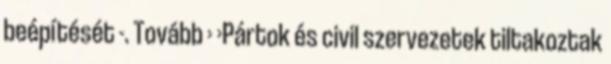
beépítését -. Tovább › ›Pártok és civil szervezetek tiltakoztak